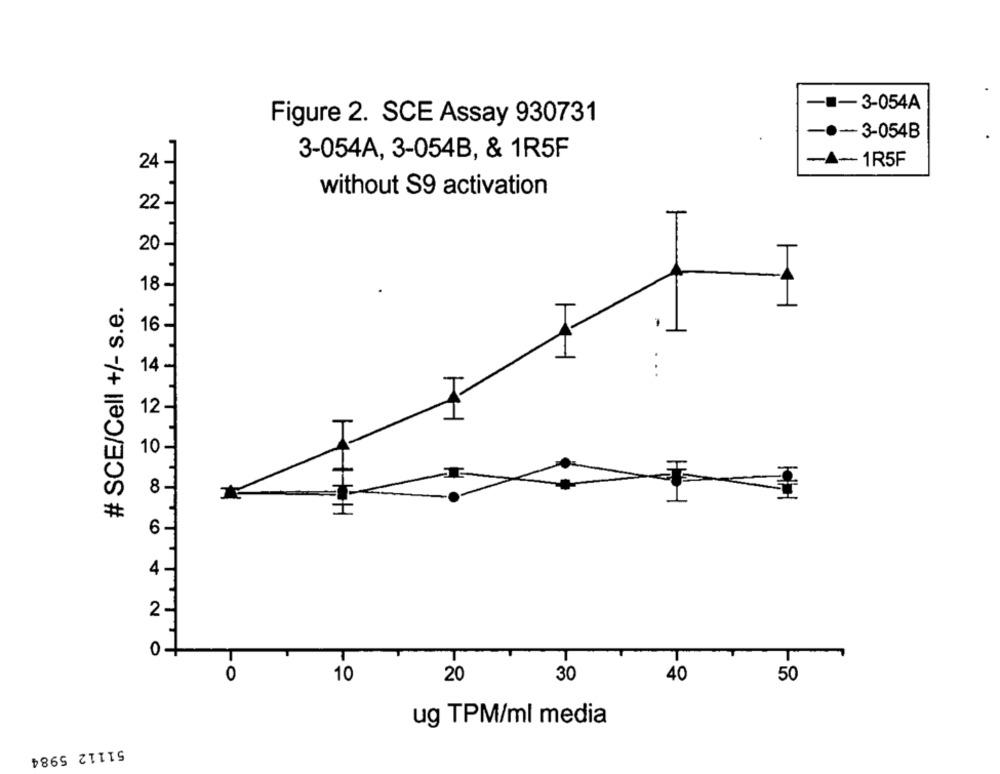
-- 3-054A
Figure 2. SCE Assay 930731
-.- 3-054B
3-054A, 3-054B, & 1R5F
24 -
-A-1R5F
without S9 activation
22 -
20 -
18 -
# SCE/Cell +/- s.e.
16 -
14 -
12-
10
5
8
I
6 -
4
2
0
T
T
T
T
T
0
10
20
30
40
50
ug TPM/ml media
51112 5984